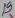
Text: 19